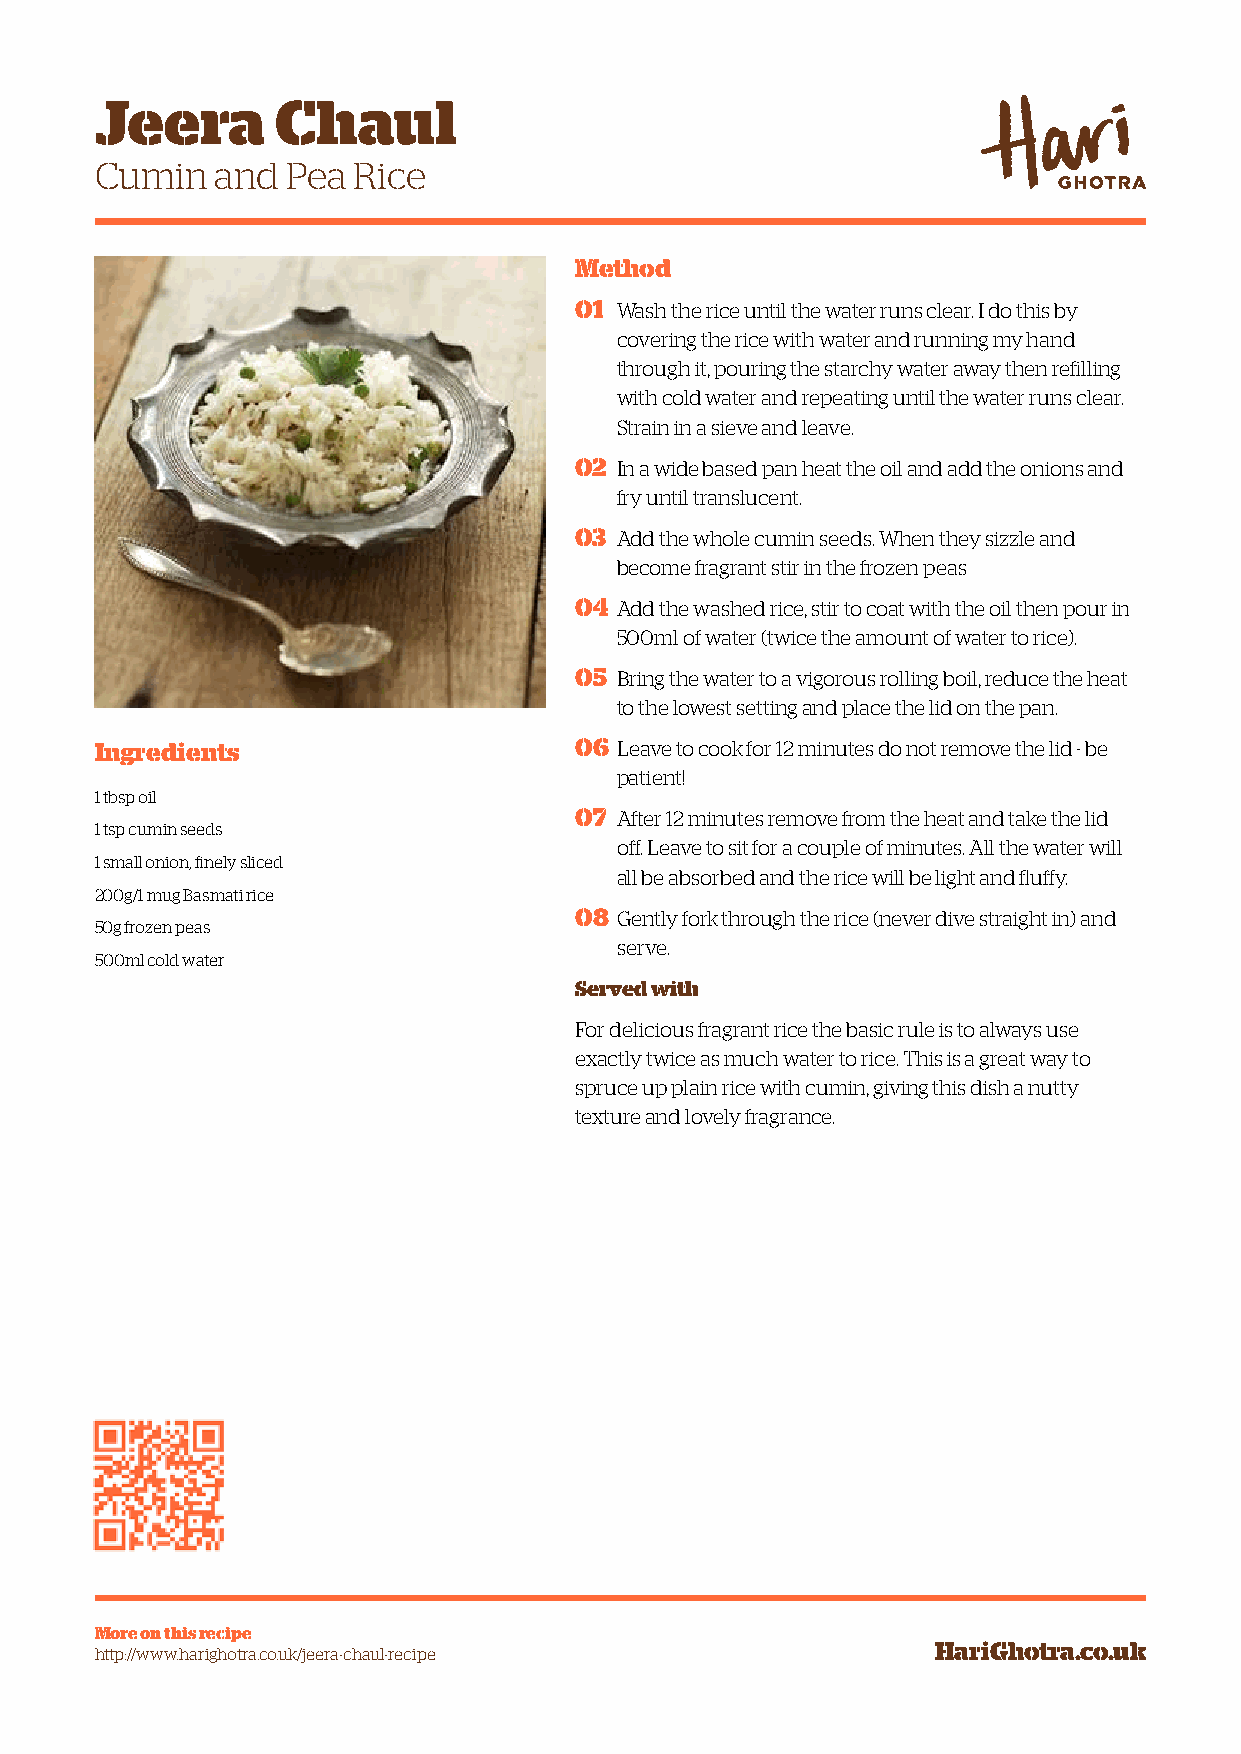
Jeera       Chaul
 Cumin   and  Pea Rice
 Method
 01 Wash the rice until the water runs clear. I do this by
 covering the rice with water and running my hand
 through it, pouring the starchy water away then refilling
 with cold water and repeating until the water runs clear.
 Strain in a sieve and leave.
 02 In a wide based pan heat the oil and add the onions and
 fry until translucent.
 03 Add the whole cumin seeds. When they sizzle and
 become fragrant stir in the frozen peas
 04 Add the washed rice, stir to coat with the oil then pour in
 500ml of water (twice the amount of water to rice).
 05 Bring the water to a vigorous rolling boil, reduce the heat
 to the lowest setting and place the lid on the pan.
 Ingredients                     06 Leave to cook for 12 minutes do not remove the lid - be
 patient!
 1 tbsp oil
 07 After 12 minutes remove from the heat and take the lid
 1 tsp cumin seeds
 off. Leave to sit for a couple of minutes. All the water will
 1 small onion, finely sliced
 all be absorbed and the rice will be light and fluffy.
 200g/1 mug Basmati rice
 08 Gently fork through the rice (never dive straight in) and
 50g frozen peas
 serve.
 500ml cold water
 Served with
 For delicious fragrant rice the basic rule is to always use
 exactly twice as much water to rice. This is a great way to
 spruce up plain rice with cumin, giving this dish a nutty
 texture and lovely fragrance.
 More on this recipe
 http://www.harighotra.co.uk/jeera-chaul-recipe          HariGhotra.co.uk